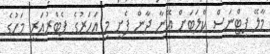
މާލޭ ފިޓްނަސް ކްލަބަށް އޭނާ ދާން ފެށީ މި އަހަރުގެ ފެބްރުއަރީ މަހުގެ